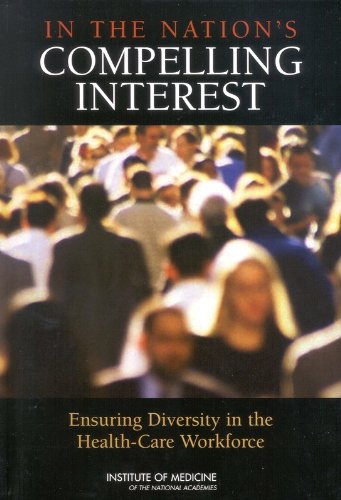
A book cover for In the Nation's Compelling Interest:: Ensuring Diversity in the Health-Care Workforce; Committee on Institutional and Policy-Level Strategies for
Increasing the Diversity of the U.S. Healthcare Workforce; Health, Fitness & Dieting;